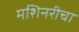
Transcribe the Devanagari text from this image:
मशिनरीचा